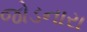
જોડનારા